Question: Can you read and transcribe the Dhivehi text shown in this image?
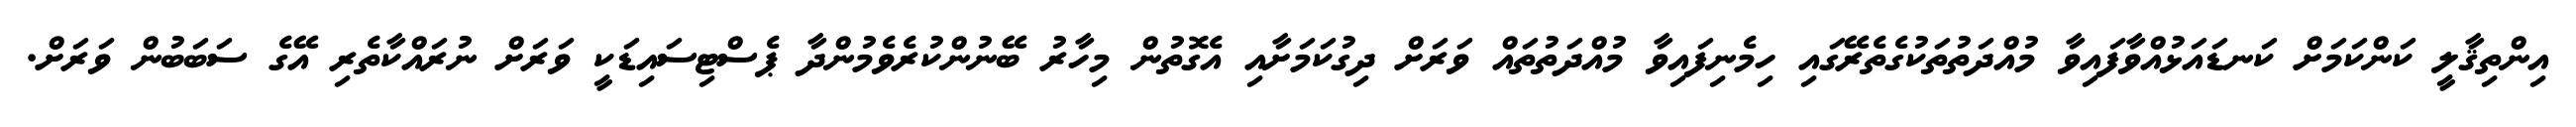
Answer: އިންތިޤާލީ ކަންކަމަށް ކަނޑައަޅުއްވާފައިވާ މުއްދަތުތަކުގެތެރޭގައި ހިމެނިފައިވާ މުއްދަތުތައް ވަރަށް ދިގުކަމަށާއި އެގޮތުން މިހާރު ބޭނުންކުރެވެމުންދާ ޕެސްޓިސައިޑަކީ ވަރަށް ނުރައްކާތެރި އޭގެ ސަބަބުން ވަރަށް.